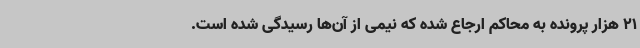
21 هزار پرونده به محاکم ارجاع شده که نیمی از آن‌ها رسیدگی شده است.